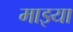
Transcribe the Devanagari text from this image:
माझ्या